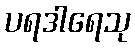
ပရဒါရေသု